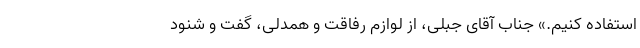
استفاده کنیم.» جناب آقای جبلی، از لوازم رفاقت و همدلی، گفت و شنود